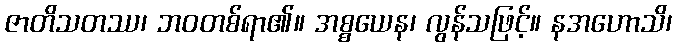
ဇာတိသတဿ၊ ဘဝတစ်ရာ၏။ အစ္စယေန၊ လွန်သဖြင့်။ နအဟောသိ၊